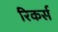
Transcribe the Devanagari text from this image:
रिकर्स